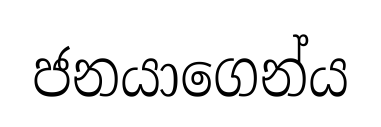
ජනයාගෙන්ය